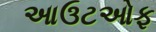
આઉટઓફ